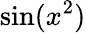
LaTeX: \sin(x^{2})